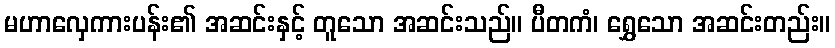
မဟာလှေကားပန်း၏ အဆင်းနှင့် တူသော အဆင်းသည်။ ပီတကံ၊ ရွှေသော အဆင်းတည်း။